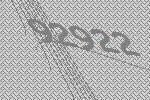
92922